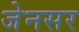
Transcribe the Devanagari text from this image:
जेनसर